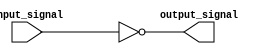
module NOT_gate (
    input wire input_signal,
    output wire output_signal
);

assign output_signal = ~input_signal;

endmodule